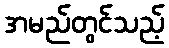
အမည်တွင်သည့်